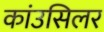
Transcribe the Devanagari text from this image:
कांउसिलर